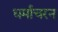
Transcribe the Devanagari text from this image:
धर्माचरन